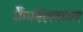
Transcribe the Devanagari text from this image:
कैंपबेलटाउन